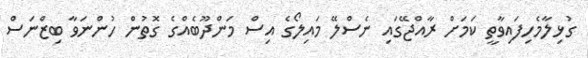
ގުޅިލާމެހިފައިވާތީ ކަމަށް ރާއްޖޭގައި ނެސްލޭ މައިލޯގެ އިސް މަންދޫބެއްގެ ގޮތުން ހުންނަވާ ބިޒްނަސް